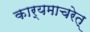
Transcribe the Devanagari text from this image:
कार्यमाचरेत्